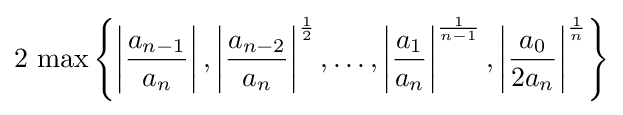
2\,\max \left\{\left|{\frac {a_{n-1}}{a_{n}}}\right|,\left|{\frac {a_{n-2}}{a_{n}}}\right|^{\frac {1}{2}},\ldots ,\left|{\frac {a_{1}}{a_{n}}}\right|^{\frac {1}{n-1}},\left|{\frac {a_{0}}{2a_{n}}}\right|^{\frac {1}{n}}\right\}